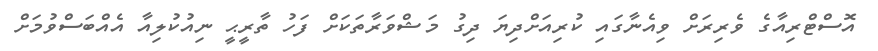
އޮސްޓްރިއާގެ ވެރިރަށް ވިއެނާގައި ކުރިއަށްދިޔަ ދިގު މަޝްވަރާތަކަށް ފަހު ތާރީޙީ ނިއުކުލިއާ އެއްބަސްވުމަށް